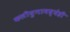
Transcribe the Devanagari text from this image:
कलीयुगामध्येही